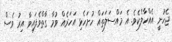
ޖެހުނީ އެއްހާލެކެވެ. އެ މައްސަލަތައް ހުށަހެޅި އަހަރެއް ވުމާ ގާތްވެފައިވާ އިރު ވެސް